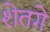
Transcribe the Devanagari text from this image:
शेतगे